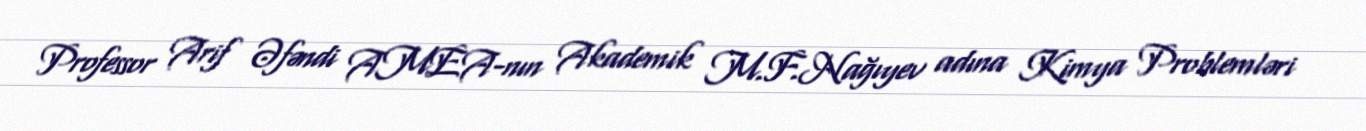
Professor Arif Əfəndi AMEA-nın Akademik M.F.Nağıyev adına Kimya Problemləri